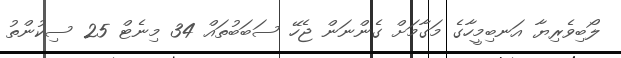
ލޯބިވެރިޔާ އަނބިމީހާގެ މަގާމަށް ގެންނަން ޖެހޭ ސަބަބުތައް 34 މިނެޓް 25 ސިކުންތު